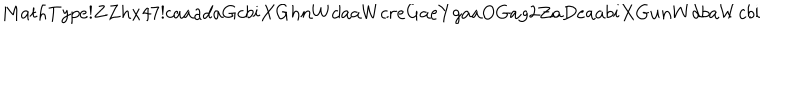
LaTeX: M a t h T y p e ! Z Z h x 4 7 ! c a a a d a G c b i X G h n W d a a W c r e G a e Y g a a O G a g 2 Z a D e a a b i X G u n W d b a W c b i